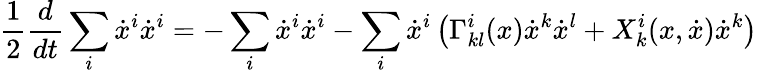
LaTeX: \frac{1}{2}\frac{d}{dt}\sum_{i}\dot{x}^{i}\dot{x}^{i}=-\sum_{i}\dot{x}^{i}\dot{x}^{i}-\sum_{i}\dot{x}^{i}\left(\Gamma_{kl}^{i}(x)\dot{x}^{k}\dot{x}^{l}+X_{k}^{i}(x,\dot{x})\dot{x}^{k}\right)